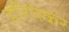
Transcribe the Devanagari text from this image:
हरिषंकर